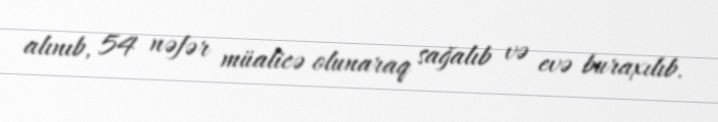
alınıb, 54 nəfər müalicə olunaraq sağalıb və evə buraxılıb.